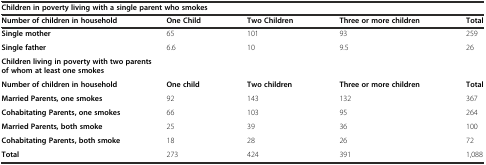
<table><thead><tr><td colspan="5"><b>Children in poverty living with a single parent who smokes</b></td></tr><tr><td><b>Number of children in household</b></td><td><b>One Child</b></td><td><b>Two Children</b></td><td><b>Three or more children</b></td><td><b>Total</b></td></tr></thead><tbody><tr><td><b>Single mother</b></td><td>65</td><td>101</td><td>93</td><td>259</td></tr><tr><td><b>Single father</b></td><td>6.6</td><td>10</td><td>9.5</td><td>26</td></tr><tr><td colspan="5"><b>Children living in poverty with two parents of whom at least one smokes</b></td></tr><tr><td><b>Number of children in household</b></td><td><b>One child</b></td><td><b>Two children</b></td><td><b>Three or more children</b></td><td><b>Total</b></td></tr><tr><td><b>Married Parents, one smokes</b></td><td>92</td><td>143</td><td>132</td><td>367</td></tr><tr><td><b>Cohabitating Parents, one smokes</b></td><td>66</td><td>103</td><td>95</td><td>264</td></tr><tr><td><b>Married Parents, both smoke</b></td><td>25</td><td>39</td><td>36</td><td>100</td></tr><tr><td><b>Cohabitating Parents, both smoke</b></td><td>18</td><td>28</td><td>26</td><td>72</td></tr><tr><td><b>Total</b></td><td>273</td><td>424</td><td>391</td><td>1,088</td></tr></tbody></table>